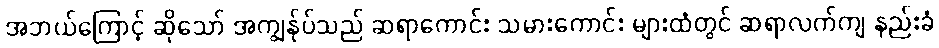
အဘယ်ကြောင့် ဆိုသော် အကျွန်ုပ်သည် ဆရာကောင်း သမားကောင်း များထံတွင် ဆရာလက်ကျ နည်းခံ